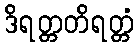
ဒိရတ္တတိရတ္တံ